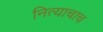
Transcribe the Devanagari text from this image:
नित्याचाच